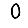
Digit: 0